Document type: bank_statement
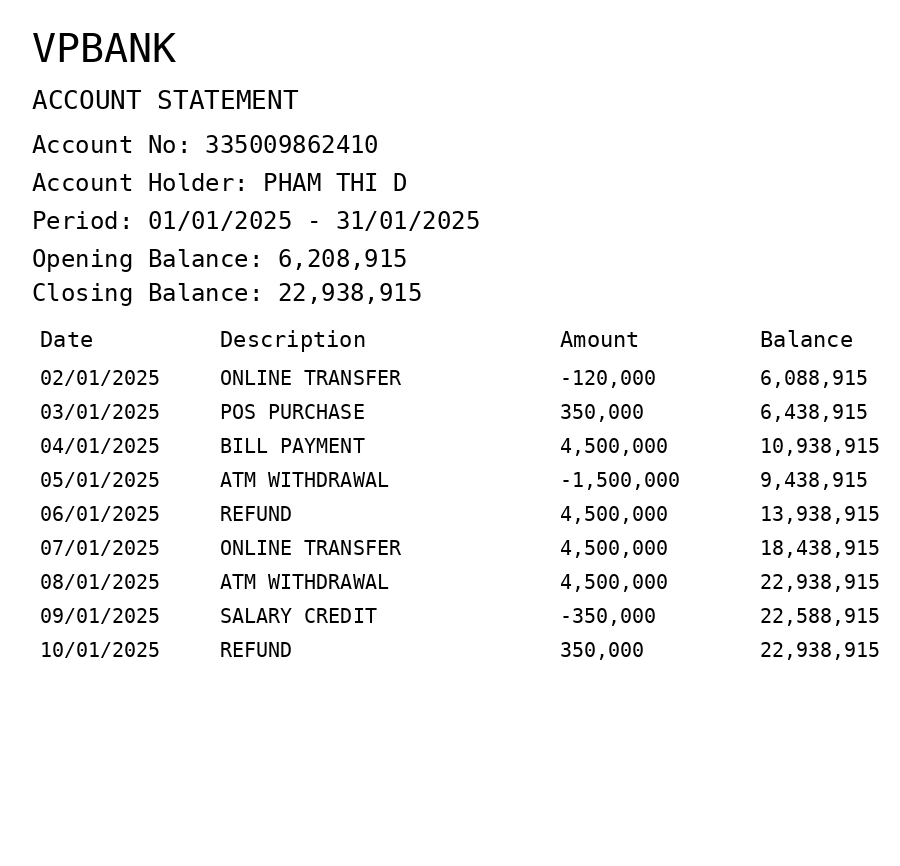
OCR transcript:
VPBANK
ACCOUNT STATEMENT
Account No: 335009862410
Account Holder: PHAM THI D
Period: 01/01/2025 - 31/01/2025
Opening Balance: 6,208,915
Closing Balance: 22,938,915
Date
Description
Amount
Balance
02/01/2025
ONLINE TRANSFER
-120,000
6,088,915
03/01/2025
POS PURCHASE
350,000
6,438,915
04/01/2025
BILL PAYMENT
4,500,000
10,938,915
05/01/2025
ATM WITHDRAWAL
-1,500,000
9,438,915
06/01/2025
REFUND
4,500,000
13,938,915
07/01/2025
ONLINE TRANSFER
4,500,000
18,438,915
08/01/2025
ATM WITHDRAWAL
4,500,000
22,938,915
09/01/2025
SALARY CREDIT
-350,000
22,588,915
10/01/2025
REFUND
350,000
22,938,915
Extracted fields:
bank_name: vpbank
account_number: 335009862410
account_holder: pham thi d
statement_period: 01/01/2025 - 31/01/2025
opening_balance: 6208915
closing_balance: 22938915
transactions: date: 2025-01-02
description: online transfer
amount: -120000
balance: 6088915
date: 2025-01-03
description: pos purchase
amount: 350000
balance: 6438915
date: 2025-01-04
description: bill payment
amount: 4500000
balance: 10938915
date: 2025-01-05
description: atm withdrawal
amount: -1500000
balance: 9438915
date: 2025-01-06
description: refund
amount: 4500000
balance: 13938915
date: 2025-01-07
description: online transfer
amount: 4500000
balance: 18438915
date: 2025-01-08
description: atm withdrawal
amount: 4500000
balance: 22938915
date: 2025-01-09
description: salary credit
amount: -350000
balance: 22588915
date: 2025-01-10
description: refund
amount: 350000
balance: 22938915